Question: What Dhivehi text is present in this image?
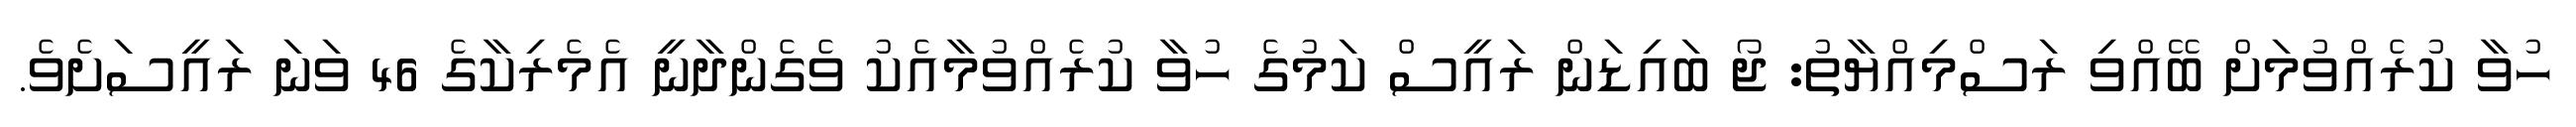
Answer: ހުވާ ކުރެއްވުމަށް ބޭއްވި ރަސްމިއްޔާތު: ޖޯ ބައިޑަން ރައީސް ކަމުގެ ހުވާ ކުރެއްވުމާއެކު ވެގެންދާނީ އެމެރިކާގެ 46 ވަނަ ރައީސަށެވެ.